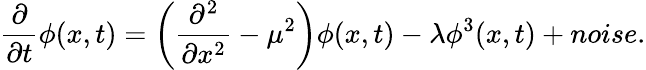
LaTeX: \frac{\partial}{\partial t}\phi(x,t)=\left(\frac{\partial^{2}}{\partial x^{2}}-\mu^{2}\right)\phi(x,t)-\lambda\phi^{3}(x,t)+noise.